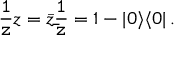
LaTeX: { \tt \frac { 1 } { z } } z = \bar { z } { \tt \frac { 1 } { \bar { z } } } = 1 - | 0 \rangle \langle 0 | \, .